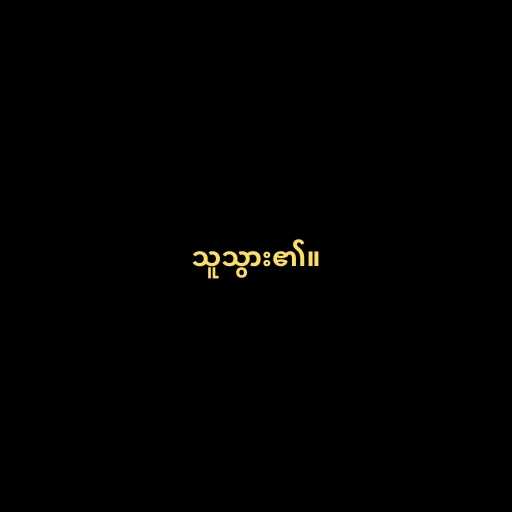
သူသွား၏။